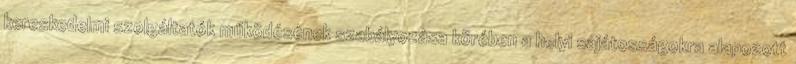
kereskedelmi szolgáltatók működésének szabályozása körében a helyi sajátosságokra alapozott